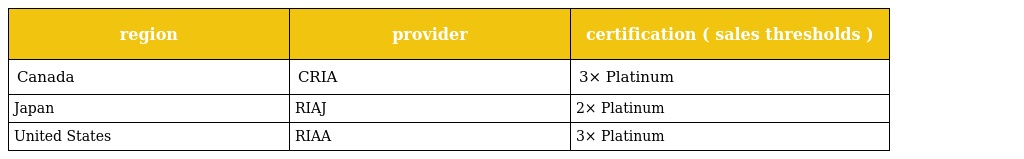
| region | provider | certification ( sales thresholds ) |
 | --- | --- | --- |
 | Canada | CRIA | 3× Platinum |
 | Japan | RIAJ | 2× Platinum |
 | United States | RIAA | 3× Platinum |